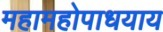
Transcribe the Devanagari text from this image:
महामहोपाधयाय